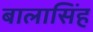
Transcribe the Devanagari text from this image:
बालासिंह